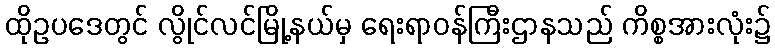
ထိုဥပဒေတွင် လွိုင်လင်မြို့နယ်မှ ရေးရာဝန်ကြီးဌာနသည် ကိစ္စအားလုံး၌